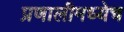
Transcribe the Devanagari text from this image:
प्रणालीमध्येच